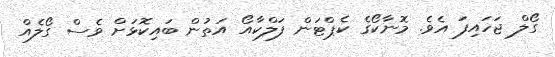
ގޯލް ޖަހައިފަ އެވެ. މޮނާކޯގެ ކެޕްޓަން ފަލްކާއޯ އަތުން ބައިކޮޅަށް ވެސް ގޯލެއް